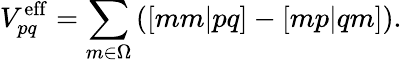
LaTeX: V_{pq}^{\mathrm{{eff}}}=\sum_{m\in\Omega}\left([mm|pq]-[mp|qm]\right).